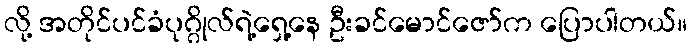
လို့ အတိုင်ပင်ခံပုဂ္ဂိုလ်ရဲ့ရှေ့နေ ဦးခင်မောင်ဇော်က ပြောပါတယ်။